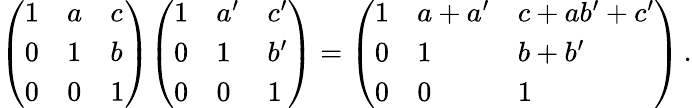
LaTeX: {\left(\begin{array}{lll}{1}&{a}&{c}\\ {0}&{1}&{b}\\ {0}&{0}&{1}\end{array}\right)}{\left(\begin{array}{lll}{1}&{a^{\prime}}&{c^{\prime}}\\ {0}&{1}&{b^{\prime}}\\ {0}&{0}&{1}\end{array}\right)}={\left(\begin{array}{lll}{1}&{a+a^{\prime}}&{c+ab^{\prime}+c^{\prime}}\\ {0}&{1}&{b+b^{\prime}}\\ {0}&{0}&{1}\end{array}\right)}\, .